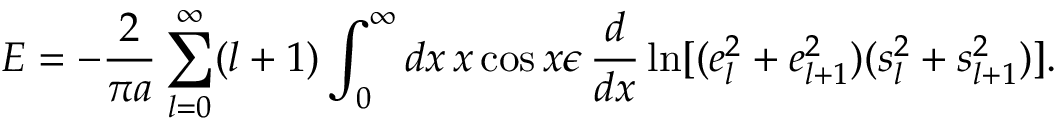
E = - { \frac { 2 } { \pi a } } \sum _ { l = 0 } ^ { \infty } ( l + 1 ) \int _ { 0 } ^ { \infty } d x \, x \cos x \epsilon \, { \frac { d } { d x } } \ln [ ( e _ { l } ^ { 2 } + e _ { l + 1 } ^ { 2 } ) ( s _ { l } ^ { 2 } + s _ { l + 1 } ^ { 2 } ) ] .